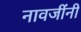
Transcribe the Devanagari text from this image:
नावजींनी